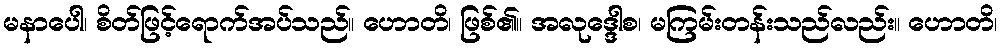
မနာပေါ၊ စိတ်ဖြင့်ရောက်အပ်သည်။ ဟောတိ၊ ဖြစ်၏။ အလုဒ္ဒေါစ၊ မကြမ်းတန်းသည်လည်း။ ဟောတိ၊